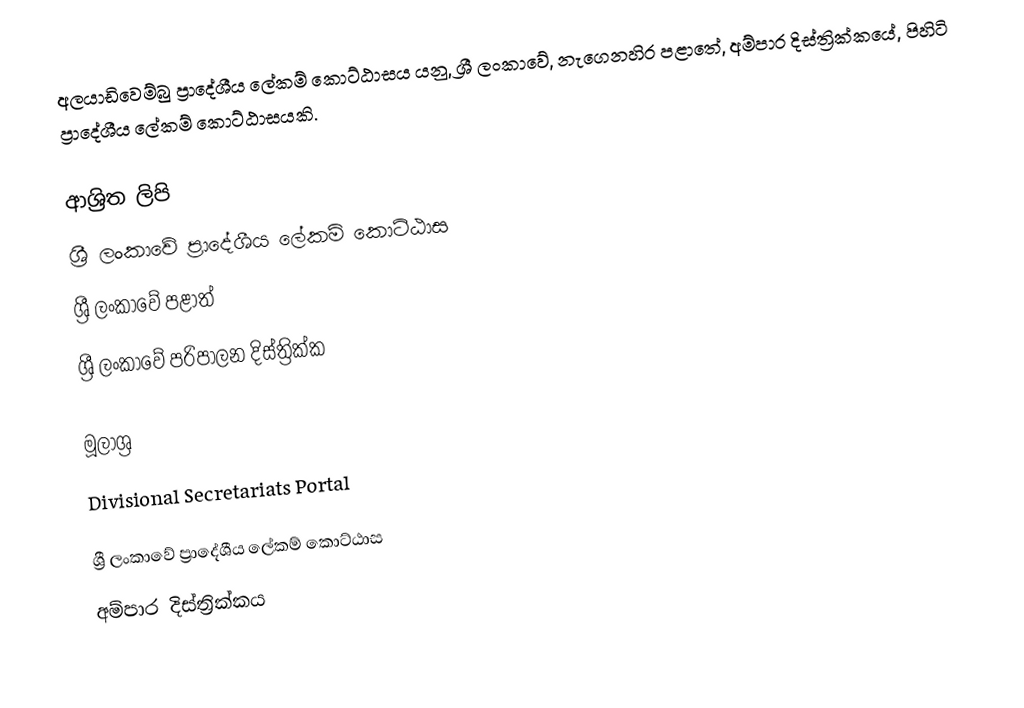
අලයාඩිවෙම්බු ප්‍රාදේශීය ලේකම් කොට්ඨාසය යනු,  ශ්‍රී ලංකාවේ, නැගෙනහිර පළාතේ,   අම්පාර දිස්ත්‍රික්කයේ, පිහිටි ප්‍රාදේශීය ලේකම් කොට්ඨාසයකි.

ආශ්‍රිත ලිපි
ශ්‍රී ලංකාවේ ප්‍රාදේශීය ලේකම් කොට්ඨාස
ශ්‍රී ලංකාවේ පළාත්
ශ්‍රී ලංකාවේ පරිපාලන දිස්ත්‍රික්ක

මූලාශ්‍ර
 Divisional Secretariats Portal

ශ්‍රී ලංකාවේ ප්‍රාදේශීය ලේකම් කොට්ඨාස
අම්පාර දිස්ත්‍රික්කය